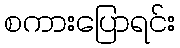
စကားပြောရင်း